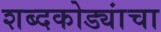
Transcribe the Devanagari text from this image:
शब्दकोड्यांचा